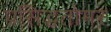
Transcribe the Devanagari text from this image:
प्रसिद्धतोमर